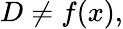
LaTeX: D\neq f(x),